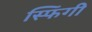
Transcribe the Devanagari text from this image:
स्फिंगी